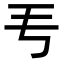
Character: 𬺵